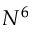
N ^ { 6 }